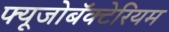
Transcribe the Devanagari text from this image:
फ्यूजोबॅक्टेरियम